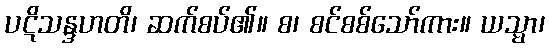
ပဋိသန္ဒဟတိ၊ ဆက်စပ်၏။ စ၊ စင်စစ်သော်ကား။ ယသ္မာ၊